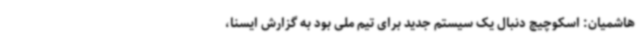
هاشمیان: اسکوچیچ دنبال یک سیستم جدید برای تیم ملی بود به گزارش ایسنا،